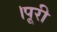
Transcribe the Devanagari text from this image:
।पूरी